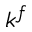
k ^ { f }